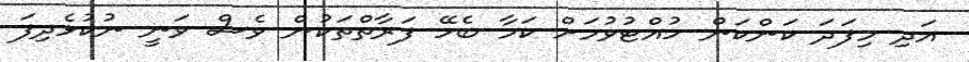
އަދި މިފަދަ ކަންކަން ހުއްޓުވުމަށް ކަމާ ބެހޭ ފަރާތްތަކުން ވެސް ވަނީ ނުކުޅެދިފަ